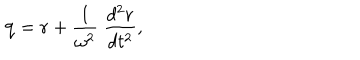
LaTeX: { \bf q } = { \bf r } + { \frac { 1 } { \omega ^ { 2 } } } \; { \frac { d ^ { 2 } { \bf r } } { d t ^ { 2 } } } ,